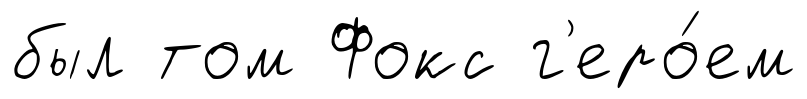
был том Фокс г'еро́ем